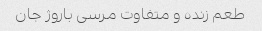
طعم زنده و‌ متفاوت مرسی باروژ جان